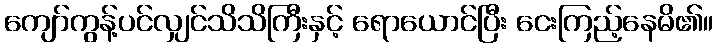
ကျော်ကွန့်ပင်လျှင်သိသိကြီးနှင့် ရောယောင်ပြီး ငေးကြည့်နေမိ၏။